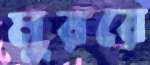
মুররে